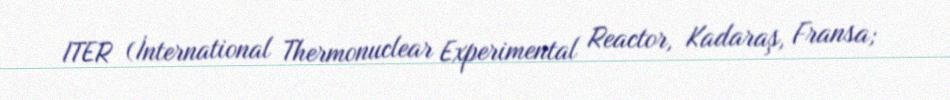
ITER (İnternational Thermonuclear Experimental Reactor, Kadaraş, Fransa;